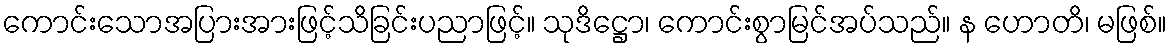
ကောင်းသောအပြားအားဖြင့်သိခြင်းပညာဖြင့်။ သုဒိဋ္ဌော၊ ကောင်းစွာမြင်အပ်သည်။ န ဟောတိ၊ မဖြစ်။